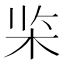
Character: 𰗘